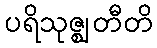
ပရိသုဇ္ဈတီတိ